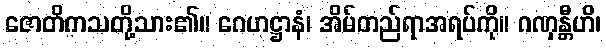
ဇောတိကသတို့သား၏။ ဂေဟဋ္ဌာနံ၊ အိမ်တည်ရာအရပ်ကို။ ဂဏှန္တီဟိ၊